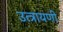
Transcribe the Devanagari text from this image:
उत्त्रायणी